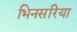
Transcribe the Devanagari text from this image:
भिनसरिया